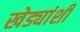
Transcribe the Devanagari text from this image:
खेड्यांशी